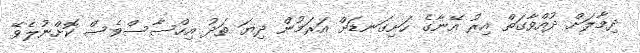
ދިމާލަށް ދުއްވާގަތް އިރު އޭނާގެ ހަށިގަނޑަށް އަރަމުން ދިޔަ ތަދު އިހްސާސްވެސް ކޮށްނުލެވޭ